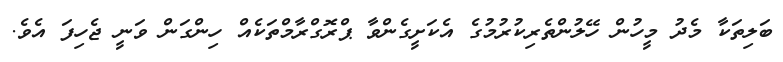
ބަލިތަކާ މެދު މީހުން ހޭލުންތެރިކުރުމުގެ އެކަށީގެންވާ ޕްރޮގްރާމްތަކެއް ހިންގަން ވަނީ ޖެހިފަ އެވެ.